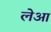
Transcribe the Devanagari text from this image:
लेआ